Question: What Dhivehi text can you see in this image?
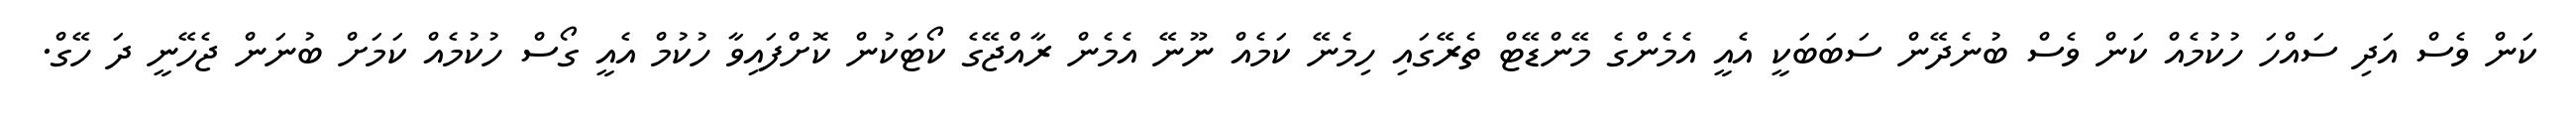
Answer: ކަން ވެސް އަދި ސައްހަ ހުކުމެއް ކަން ވެސް ބުނެދޭން ސަބަބަކީ އެއީ އެމެންގެ މޭންޑޭޓް ތެރޭގައި ހިމެނޭ ކަމެއް ނޫނޭ އެމެން ރާއްޖޭގެ ކޯޓަކުން ކޮށްފައިވާ ހުކުމް އެއީ ގޯސް ހުކުމެއް ކަމަށް ބުނަން ޖެހޭނީ ދަ ހޭގް.